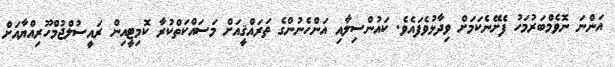
އަންނަ ނޮވެމްބަރުމަހު ފެށޭނެކަމަށް ވިދާޅުވެފައެވެ. ކައުންސިލާއި އަންހެނުންގެ ތަރައްޤީއަށް މަސައްކަތްކުރާ ކޮމިޓީއިން ރައީސުލްޖުމްހޫރިއްޔާއަށް